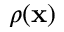
\rho ( { \bf x } )